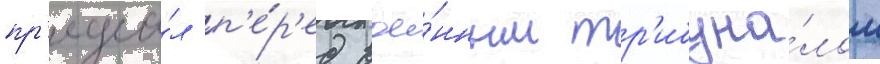
пр'едста́л п'е́р'ед вое́нным тр'ибуна́лом